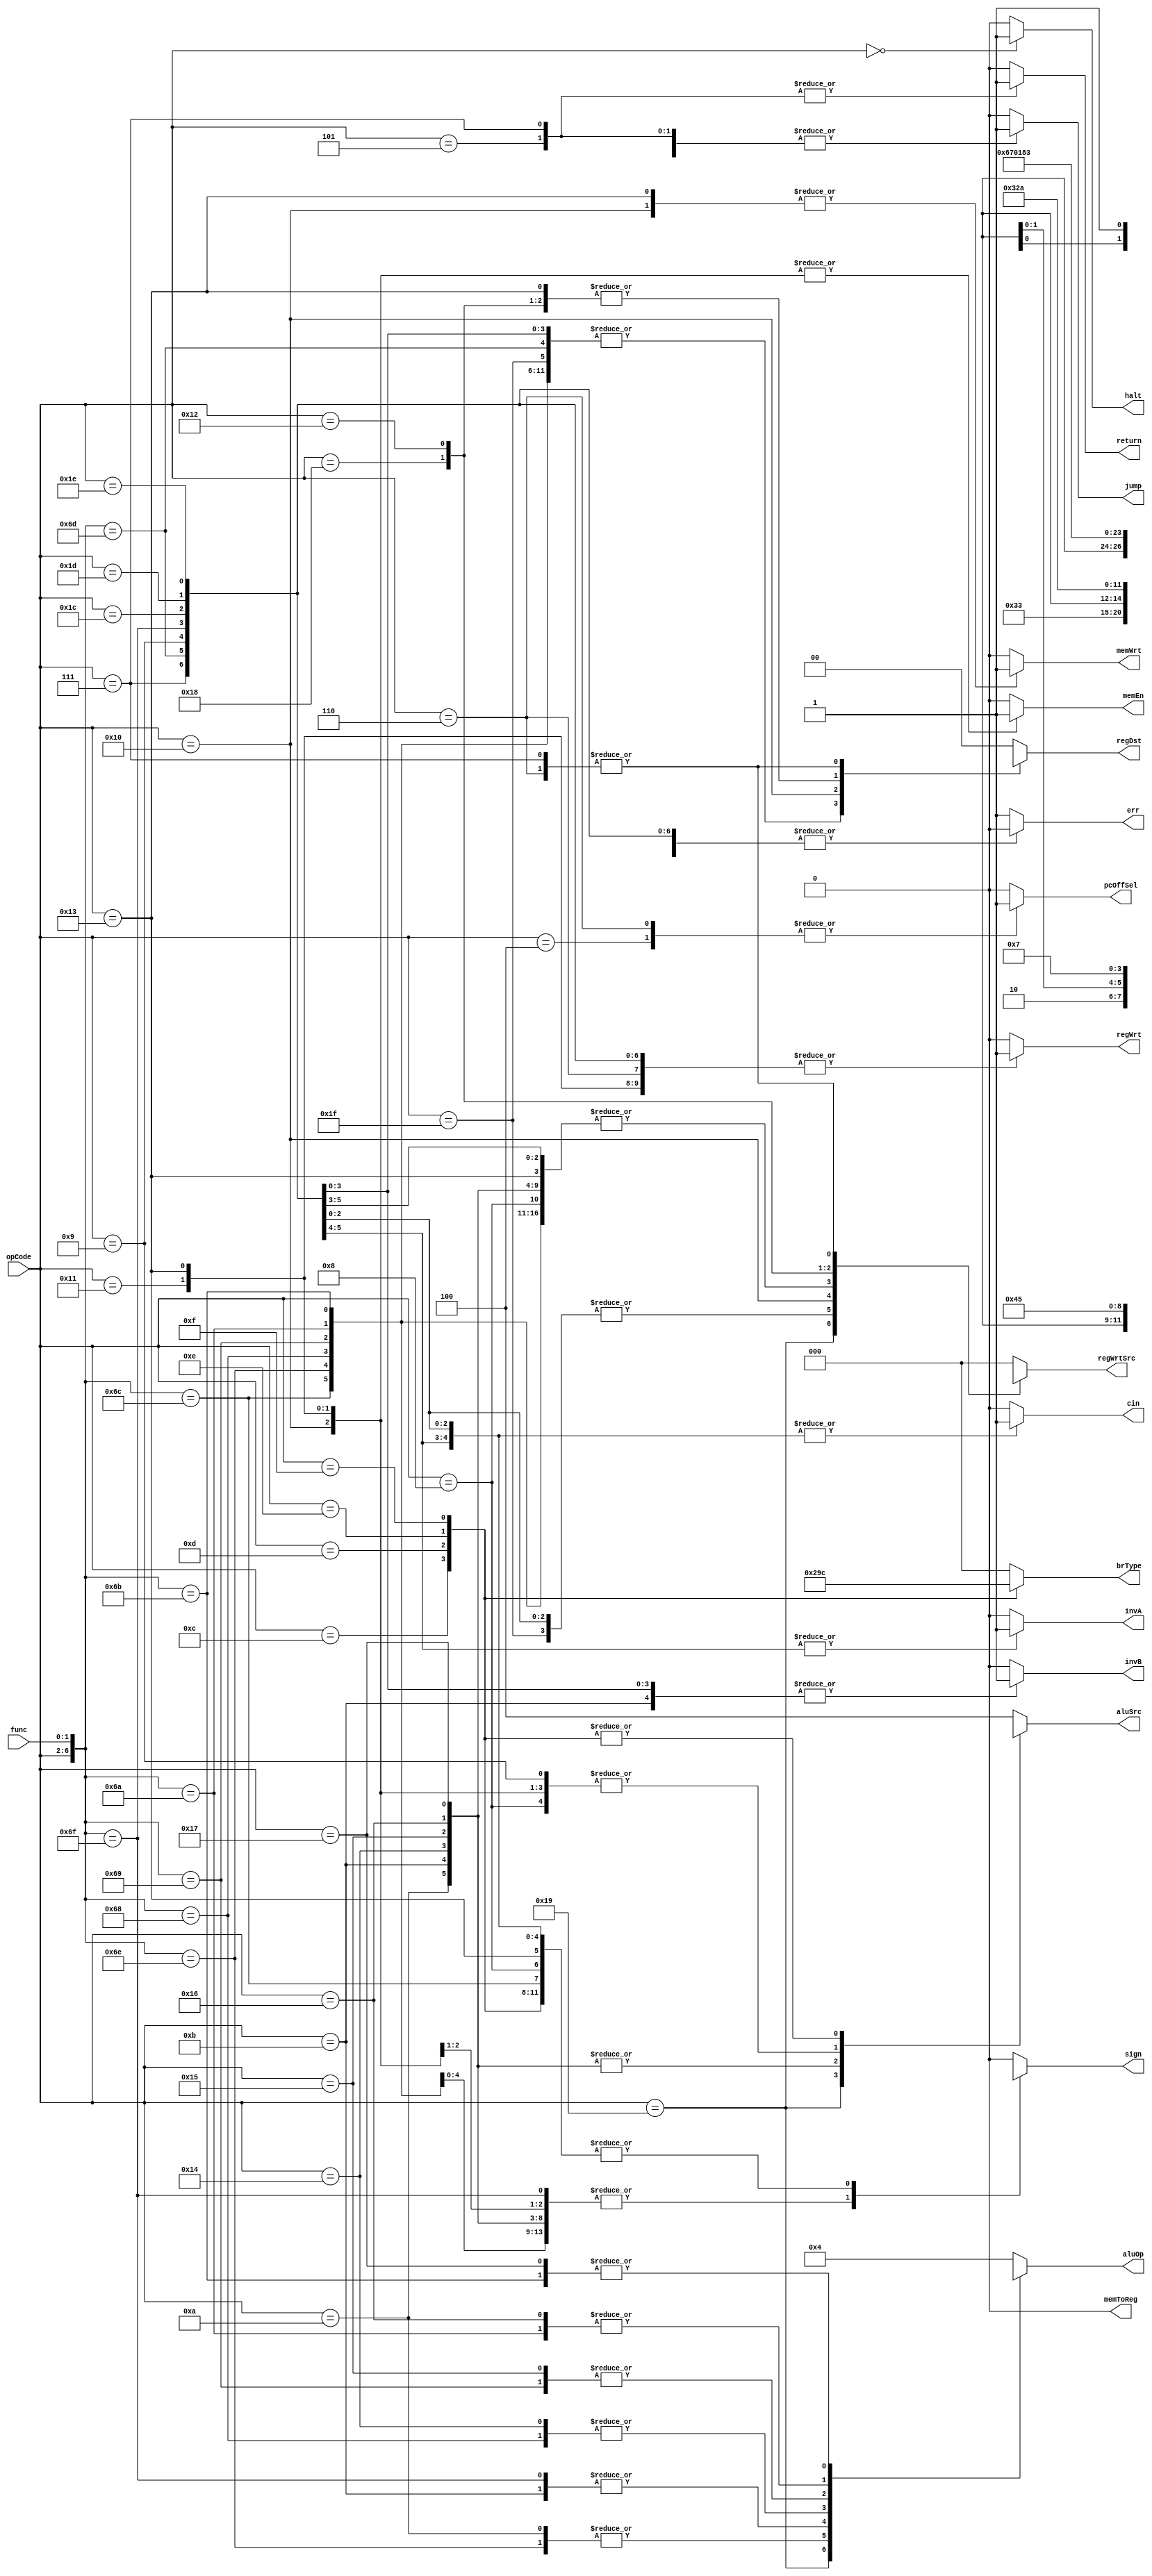
module controlBlock(opCode, func, halt, sign, pcOffSel, regWrt, memWrt, memToReg, memEn, jump, invA, invB, aluSrc, err,
    regDst, regWrtSrc, aluOp, return, cin, brType);
    input [4:0] opCode;
    input [1:0] func;

    output reg halt, sign, regWrt, pcOffSel, memWrt, memToReg, memEn, jump, 
    			invA, invB, err, return, cin;
    output reg [1:0] regDst;
    output reg [3:0] aluOp;
    output reg [2:0] aluSrc, regWrtSrc, brType;



    // I1
    localparam ADDI = 5'b01000;
    localparam SUBI = 5'b01001;
    localparam XORI = 5'b01010;
    localparam ANDNI = 5'b01011;
    localparam ROLI = 5'b10100;
    localparam SLLI = 5'b10101;
    localparam RORI = 5'b10110;
    localparam SRLI = 5'b10111;
    localparam ST = 5'b10000;
    localparam LD = 5'b10001;
    localparam STU = 5'b10011;
    
    //R
    localparam BTR = 5'b11001;
    localparam ALU_OP1 = 5'b11011;
    localparam ALU_OP2 = 5'b11010;
    localparam SEQ = 5'b11100;
    localparam SLT = 5'b11101;
    localparam SLE = 5'b11110;
    localparam SCO = 5'b11111;


    // I2
    localparam LBI = 5'b11000;
    localparam SLBI = 5'b10010;
    localparam JR = 5'b00101;
    localparam JALR = 5'b00111;
    localparam BEQZ = 5'b01100;
    localparam BNEZ = 5'b01101;
    localparam BLTZ = 5'b01110;
    localparam BGEZ = 5'b01111;
    //J
    localparam J = 5'b00100;
    localparam JAL = 5'b00110;
    // SP
    localparam SIIC = 5'b00010;
    localparam RTI = 5'b00011;
    localparam HALT = 5'b00000;
    localparam NOP = 5'b00001;

    localparam ALU_ADD = 2'h0;
    localparam ALU_SUB = 2'h1;
    localparam ALU_XOR = 2'h2;
    localparam ALU_ANDN = 2'h3;

    localparam ALU_ROL = 2'h0;
    localparam ALU_SLL = 2'h1;
    localparam ALU_ROR = 2'h2;
    localparam ALU_SRL= 2'h3;
    localparam DC = 2'bxx;


    // Branch Types
   localparam NOBR = 3'h0;
   localparam EQZ = 3'h1;
   localparam NEZ = 3'h2;
   localparam LTZ = 3'h3;
   localparam GEQZ = 3'h4;




    // determine which format the instruction is
   	// is it even worth though? 
   	// better to just have huge case statement for each opcode/function
   	// and assign control sigs for there
    // fmtDecode fmt(.opCode(opCode), .fmt(format));

    always@(opCode, func) begin
    	halt = 0;
    	sign = 1'h0;
    	pcOffSel = 1'h0;
    	regWrt = 0;
    	memWrt = 0;
    	memToReg = 0; // needed? only for pipeline?
    	memEn = 0;
    	jump = 0;
    	return  = 0;
    	invA = 0;
    	invB = 0;
    	regDst = 0;
    	regWrtSrc = 0;
    	aluOp = 4;
    	err = 0;
        cin = 1'h0;

        aluSrc = 3'h4;
        brType = NOBR;

    	casex({opCode,func})


/************************ r instr ****************************/
            {BTR, DC}: begin
                regWrt = 1'h1;
                regDst = 2'h2;
                regWrtSrc = 3'h6;
                
                memWrt = 1'h0;
                memEn = 1'h0;

                jump = 1'h0;
                return = 1'h0;
                invA = 1'h0;
                invB = 1'h0;
                cin = 1'h0;

                aluSrc = 3'hx;
                aluOp = 4'hx;
            end

            {ALU_OP1, ALU_ADD}: begin
                sign = 1'h1;
                regWrt = 1'h1;
                regDst = 2'h2;
                regWrtSrc = 3'h1;
                cin = 1'h0;
                memWrt = 1'h0;
                memEn = 1'h0;

                jump = 1'h0;
                return = 1'h0;
                invA = 1'h0;
                invB = 1'h0;
                cin = 1'h0;

                aluSrc = 3'h4;
                aluOp = 4'b100;
                
            end

            {ALU_OP1, ALU_SUB}: begin
                sign = 1'h1;
                regWrt = 1'h1;
                regDst = 2'h2;
                regWrtSrc = 3'h1;

                memWrt = 1'h0;
                memEn = 1'h0;

                jump = 1'h0;
                return = 1'h0;
                invA = 1'h1;
                invB = 1'h0;
                cin = 1'h1;

                aluSrc = 3'h4;
                aluOp = 4'b100;

            end
            {ALU_OP1, ALU_XOR}: begin
                sign = 1'hx;
                regWrt = 1'h1;
                regDst = 2'h2;
                regWrtSrc = 3'h1;

                memWrt = 1'h0;
                memEn = 1'h0;

                jump = 1'h0;
                return = 1'h0;
                invA = 1'h0;
                invB = 1'h0;
                cin = 1'h0;

                aluSrc = 3'h4;
                aluOp = 4'b110;

            end
            {ALU_OP1, ALU_ANDN}: begin
                sign = 1'hx;
                regWrt = 1'h1;
                regDst = 2'h2;
                regWrtSrc = 3'h1;

                memWrt = 1'h0;
                memEn = 1'h0;

                jump = 1'h0;
                return = 1'h0;
                invA = 1'h0;
                invB = 1'h1;
                cin = 1'h0;

                aluSrc = 3'h4;
                aluOp = 4'b111;

            end
            {ALU_OP2, ALU_ROL}: begin
                sign = 1'hx;
                regWrt = 1'h1;
                regDst = 2'h2;
                regWrtSrc = 3'h1;

                memWrt = 1'h0;
                memEn = 1'h0;

                jump = 1'h0;
                return = 1'h0;
                invA = 1'h0;
                invB = 1'h0;
                cin = 1'h0;

                aluSrc = 3'h4;
                aluOp = 4'b000;

            end
            {ALU_OP2, ALU_SLL}: begin
                sign = 1'hx;
                regWrt = 1'h1;
                regDst = 2'h2;
                regWrtSrc = 3'h1;

                memWrt = 1'h0;
                memEn = 1'h0;

                jump = 1'h0;
                return = 1'h0;
                invA = 1'h0;
                invB = 1'h0;
                cin = 1'h0;

                aluSrc = 3'h4;
                aluOp = 4'b001;

            end
            {ALU_OP2, ALU_ROR}: begin
                sign = 1'hx;
                regWrt = 1'h1;
                regDst = 2'h2;
                regWrtSrc = 3'h1;

                memWrt = 1'h0;
                memEn = 1'h0;

                jump = 1'h0;
                return = 1'h0;
                invA = 1'h0;
                invB = 1'h0;
                cin = 1'h0;
                
                aluSrc = 3'h4;
                //TODO:
                aluOp = 4'b1000;

            end
            {ALU_OP2, ALU_SRL}: begin
                sign = 1'hx;
                regWrt = 1'h1;
                regDst = 2'h2;
                regWrtSrc = 3'h1;

                memWrt = 1'h0;
                memEn = 1'h0;

                jump = 1'h0;
                return = 1'h0;
                invA = 1'h0;
                invB = 1'h0;
                cin = 1'h0;

                aluSrc = 3'h4;
                aluOp = 4'b011;

            end
            {SEQ, DC}: begin
                sign = 1'h1;
                regWrt = 1'h1;
                regDst = 2'h2;
                regWrtSrc = 3'h3;

                memWrt = 1'h0;
                memEn = 1'h0;

                jump = 1'h0;
                return = 1'h0;
                invA = 1'h0;
                invB = 1'h1;
                cin = 1'h1;

                aluSrc = 3'h4;
                aluOp = 4'b100;

            end
            {SLT, DC}: begin
                sign = 1'h1;
                regWrt = 1'h1;
                regDst = 2'h2;
                regWrtSrc = 3'h3;

                memWrt = 1'h0;
                memEn = 1'h0;

                jump = 1'h0;
                return = 1'h0;
                invA = 1'h0;
                invB = 1'h1;
                cin = 1'h1;

                aluSrc = 3'h4;
                aluOp = 4'b100;

            end
            {SLE, DC}: begin
                sign = 1'h1;
                regWrt = 1'h1;
                regDst = 2'h2;
                regWrtSrc = 3'h3;

                memWrt = 1'h0;
                memEn = 1'h0;

                jump = 1'h0;
                return = 1'h0;
                invA = 1'h0;
                invB = 1'h1;
                cin = 1'h1;

                aluSrc = 3'h4;
                aluOp = 4'b100;

            end
            {SCO, DC}: begin
                sign = 1'h0;
                regWrt = 1'h1;
                regDst = 2'h2;
                regWrtSrc = 3'h3;

                memWrt = 1'h0;
                memEn = 1'h0;

                jump = 1'h0;
                return = 1'h0;
                invA = 1'h0;
                invB = 1'h0;
                cin = 1'h0;

                aluSrc = 3'h4;
                aluOp = 4'b100;

            end
/****************************************************************/



/********************** i1 instr ****************************/            

            {ADDI, DC}: begin
                sign = 1'h1;
                regWrt = 1'h1;
                regDst = 2'h0;
                regWrtSrc = 3'h1;

                memWrt = 1'h0;
                memEn = 1'h0;

                jump = 1'h0;
                return = 1'h0;
                invA = 1'h0;
                invB = 1'h0;
                cin = 1'h0;

                aluSrc = 3'h0;
                aluOp = 4'b100;

            end
            {SUBI, DC}: begin
                sign = 1'h1;
                regWrt = 1'h1;
                regDst = 2'h0;
                regWrtSrc = 3'h1;

                memWrt = 1'h0;
                memEn = 1'h0;

                jump = 1'h0;
                return = 1'h0;
                invA = 1'h1;
                invB = 1'h0;
                cin = 1'h1;

                aluSrc = 3'h0;
                aluOp = 4'b100;

            end
            
            {XORI, DC}: begin
                sign = 1'hx;
                regWrt = 1'h1;
                regDst = 2'h0;
                regWrtSrc = 3'h1;

                memWrt = 1'h0;
                memEn = 1'h0;

                jump = 1'h0;
                return = 1'h0;
                invA = 1'h0;
                invB = 1'h0;
                cin = 1'h0;

                aluSrc = 3'h1;
                aluOp = 4'b110;

            end
            {ANDNI, DC}: begin
                sign = 1'hx;
                regWrt = 1'h1;
                regDst = 2'h0;
                regWrtSrc = 3'h1;

                memWrt = 1'h0;
                memEn = 1'h0;

                jump = 1'h0;
                return = 1'h0;
                invA = 1'h0;
                invB = 1'h1;
                cin = 1'h0;

                aluSrc = 3'h1;
                aluOp = 4'b111;

            end
            {ROLI, DC}: begin
                sign = 1'hx;
                regWrt = 1'h1;
                regDst = 2'h0;
                regWrtSrc = 3'h1;

                memWrt = 1'h0;
                memEn = 1'h0;

                jump = 1'h0;
                return = 1'h0;
                invA = 1'h0;
                invB = 1'h0;
                cin = 1'h0;

                aluSrc = 3'h1;
                aluOp = 4'b000;

            end

            {SLLI, DC}: begin
                sign = 1'hx;
                regWrt = 1'h1;
                regDst = 2'h0;
                regWrtSrc = 3'h1;

                memWrt = 1'h0;
                memEn = 1'h0;

                jump = 1'h0;
                return = 1'h0;
                invA = 1'h0;
                invB = 1'h0;
                cin = 1'h0;

                aluSrc = 3'h1;
                aluOp = 4'b001;

            end

            {RORI, DC}: begin
                sign = 1'hx;
                regWrt = 1'h1;
                regDst = 2'h0;
                regWrtSrc = 3'h1;

                memWrt = 1'h0;
                memEn = 1'h0;

                jump = 1'h0;
                return = 1'h0;
                invA = 1'h0;
                invB = 1'h0;
                cin = 1'h0;
                aluSrc = 3'h1;
                //TODO:
                aluOp = 4'b1000;

            end
            
            {SRLI, DC}: begin
                sign = 1'hx;
                regWrt = 1'h1;
                regDst = 2'h0;
                regWrtSrc = 3'h1;

                memWrt = 1'h0;
                memEn = 1'h0;

                jump = 1'h0;
                return = 1'h0;
                invA = 1'h0;
                invB = 1'h0;
                cin = 1'h0;
                
                aluSrc = 3'h1;
                aluOp = 4'b011;

            end
            
            {ST, DC}: begin
                sign = 1'hx;
                regWrt = 1'h0;
                regDst = 2'hx;
                regWrtSrc = 3'hx;

                memWrt = 1'h1;
                memEn = 1'h1;

                jump = 1'h0;
                return = 1'h0;
                invA = 1'h0;
                invB = 1'h0;
                cin = 1'h0;
                
                aluSrc = 3'h0;
                aluOp = 4'b100;

            end
            
            {LD, DC}: begin
                sign = 1'hx;
                regWrt = 1'h1;
                regDst = 2'h0;
                regWrtSrc = 3'h0;

                memWrt = 1'h0;
                memEn = 1'h1;

                jump = 1'h0;
                return = 1'h0;
                invA = 1'h0;
                invB = 1'h0;
                cin = 1'h0;
                
                aluSrc = 3'h0;
                aluOp = 4'b100;

            end
            {STU, DC}: begin
                sign = 1'h1;
                regWrt = 1'h1;
                regDst = 2'h1;
                regWrtSrc = 3'h1;

                memWrt = 1'h1;
                memEn = 1'h1;

                jump = 1'h0;
                return = 1'h0;
                invA = 1'h0;
                invB = 1'h0;
                cin = 1'h0;
                
                aluSrc = 3'h0;
                aluOp = 4'b100;

            end
/****************************************************************/

/*************************** i2 instr ***************************/
            {LBI,DC}: begin
    			regWrt = 1'h1;
    			regDst = 2'h1;
    			regWrtSrc = 3'h4;
    		end


            {SLBI, DC}: begin
                regWrt = 1'h1;
                regDst = 2'h1;
                regWrtSrc = 3'h5;
            end


            {JR, DC}: begin
                pcOffSel = 1'h0;
                regWrt = 1'h0;
                memWrt = 1'h0;
                memEn = 1'h0;

                jump = 1'h1;
                return = 1'h1;
            end    
            {JALR, DC}: begin
                sign = 1'h0;
                pcOffSel = 1'h0;
                regWrt = 1'h1;
                memWrt = 1'h0;
                memEn = 1'h0;


                jump = 1'h1;
                return = 1'h1;

                invA = 1'h0;
                invB = 1'h0;

                regDst = 2'h3;
                regWrtSrc = 3'h2;


            end        

            {BEQZ, DC}: begin
                aluSrc = 3'h5;
                aluOp = 4'b100;
                invA = 1'h0;
                invB = 1'h0;
                sign = 1'h1;

                pcOffSel = 1'h0;
                jump = 1'h0;
                return = 1'h0;
                brType = EQZ;

                regWrt = 1'h0;

                memWrt = 1'h0;
                memEn = 1'h0;
            end            
            {BNEZ, DC}: begin
                aluSrc = 3'h5;
                aluOp = 4'b100;
                invA = 1'h0;
                invB = 1'h0;
                sign = 1'h1;

                pcOffSel = 1'h0;
                jump = 1'h0;
                return = 1'h0;
                brType = NEZ;

                regWrt = 1'h0;

                memWrt = 1'h0;
                memEn = 1'h0;
            end            
            {BLTZ, DC}: begin
                aluSrc = 3'h5;
                aluOp = 4'b100;
                invA = 1'h0;
                invB = 1'h0;
                sign = 1'h1;

                pcOffSel = 1'h0;
                jump = 1'h0;
                return = 1'h0;
                brType = LTZ;

                regWrt = 1'h0;

                memWrt = 1'h0;
                memEn = 1'h0;
            end
            {BGEZ, DC}: begin
                aluSrc = 3'h5;
                aluOp = 4'b100;
                invA = 1'h0;
                invB = 1'h0;
                sign = 1'h1;

                pcOffSel = 1'h0;
                jump = 1'h0;
                return = 1'h0;
                brType = GEQZ;

                regWrt = 1'h0;

                memWrt = 1'h0;
                memEn = 1'h0;
            end      
            
            



/*************************** J instr ***************************/

            {J, DC}: begin
                pcOffSel = 1'h1;
                regWrt = 1'h0;
                memWrt = 1'h0;
                memEn = 1'h0;

                jump = 1'h1;
                return = 1'h0;
            end

            {JAL, DC}: begin
                pcOffSel = 1'h1;
                regWrt = 1'h1;
                memWrt = 1'h0;
                memEn = 1'h0;

                jump = 1'h1;
                return = 1'h0;


                regDst = 2'h3;
                regWrtSrc = 3'h2;
            end


/********************** special instr **************************/
            {HALT, DC}: begin
                halt = 1;
            end
            
            // {STU, DC}: begin
            //     sign = 1'hx;
            //     regWrt = 1'h1;
            //     regDst = 2'h1;
            //     regWrtSrc = 3'h0;

            //     memWrt = 1'h1;
            //     memEn = 1'h1;

            //     jump = 1'h0;
            //     return = 1'h0;
            //     invA = 1'h0;
            //     invB = 1'h0;
            //     cin = 1'h0;
                
            //     aluOp = 4'b100;

            // end









               // aluSrc = 3'h2;


            default: err = 1;
        endcase

    end


endmodule